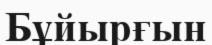
Бұйырғын